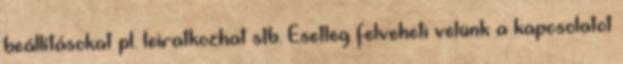
beállításokat pl. leiratkozhat stb. Esetleg felveheti velünk a kapcsolatot